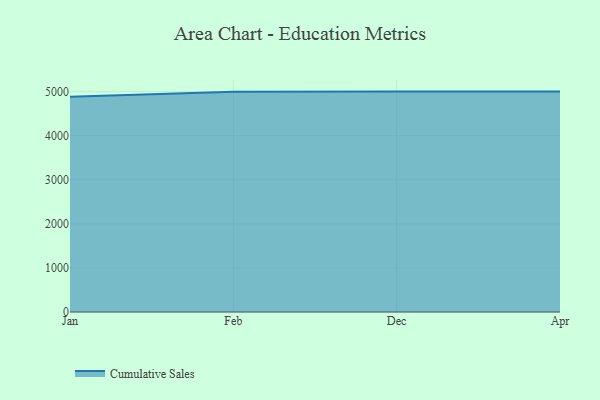
{"axis": {"x": "Month", "y": "Net Income (USD K)"}, "legend": ["Cumulative Sales"], "data": [{"x": "Jan", "y": 4884.3, "type": "Cumulative Sales"}, {"x": "Feb", "y": 4996.2, "type": "Cumulative Sales"}, {"x": "Dec", "y": 5000, "type": "Cumulative Sales"}, {"x": "Apr", "y": 5000, "type": "Cumulative Sales"}]}